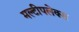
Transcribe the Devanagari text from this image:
मल्टीपलेक्स